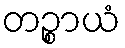
တဉ္စာယံ